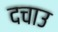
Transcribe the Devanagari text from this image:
दचाउ